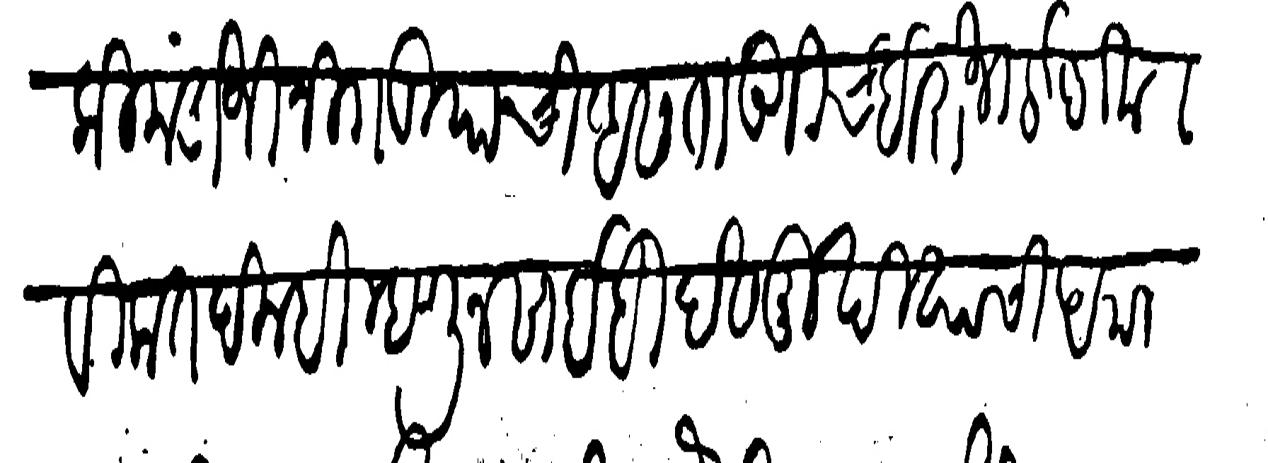
Transliteration (Devanagari): पाटीलकी मंडाजी निगडा याची असता उगीच हिरोजी इदलकरास विकत दिल्ही म्हणून साईबी देसमुखी याचा अमानत